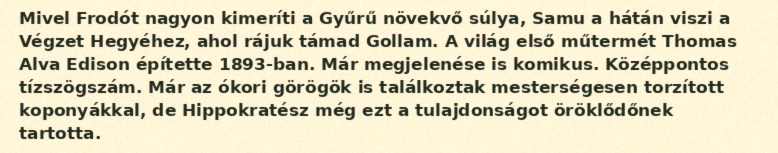
Mivel Frodót nagyon kimeríti a Gyűrű növekvő súlya, Samu a hátán viszi a Végzet Hegyéhez, ahol rájuk támad Gollam. A világ első műtermét Thomas Alva Edison építette 1893-ban. Már megjelenése is komikus. Középpontos tízszögszám. Már az ókori görögök is találkoztak mesterségesen torzított koponyákkal, de Hippokratész még ezt a tulajdonságot öröklődőnek tartotta.